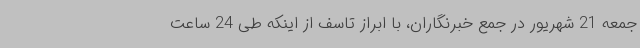
جمعه 21 شهریور در جمع خبرنگاران، با ابراز تاسف از اینکه طی 24 ساعت